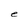
Character: e